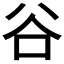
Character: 谷